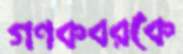
গণকবরকে